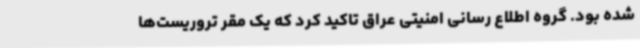
شده بود. گروه اطلاع رسانی امنیتی عراق تاکید کرد که یک مقر تروریست‌ها